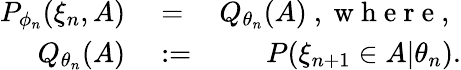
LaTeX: \begin{array}{rlr}{P_{\phi_{n}}(\xi_{n},A)}&{{}=}&{Q_{\theta_{n}}(A)\mathrm{~,~w~h~e~r~e~,~}}\\ {\ Q_{\theta_{n}}(A)}&{{}:=}&{P(\xi_{n+1}\in A|\theta_{n}).}\end{array}